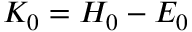
K _ { 0 } = H _ { 0 } - E _ { 0 }